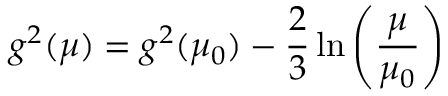
g ^ { 2 } ( \mu ) = g ^ { 2 } ( \mu _ { 0 } ) - { \frac { 2 } { 3 } } \ln \left( { \frac { \mu } { \mu _ { 0 } } } \right)